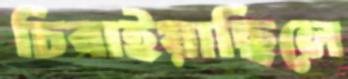
চিবাইয়াছিলে